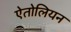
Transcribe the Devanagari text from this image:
ऐतोलियन